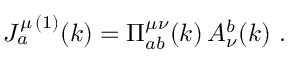
J _ { a } ^ { \mu \, ( 1 ) } ( k ) = \Pi _ { a b } ^ { \mu \nu } ( k ) \, A _ { \nu } ^ { b } ( k ) \ .